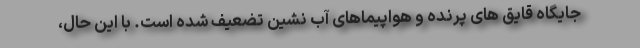
جایگاه قایق های پرنده و هواپیماهای آب نشین تضعیف شده است. با این حال،